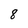
Character: 8